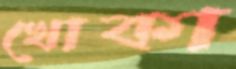
খোকা